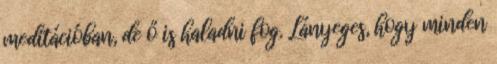
meditációban, de ő is haladni fog. Lányeges, hogy minden